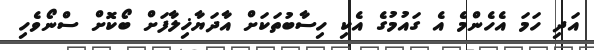
އަދި ހަމަ އެހެންމެ އެ ގައުމުގެ އެކި ހިސާބުތަކަށް އާދަޔާޚިލާފަށް ބޯކޮށް ސްނޯވެހި